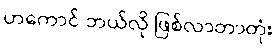
ဟကောင် ဘယ်လို ဖြစ်လာတာတုံး